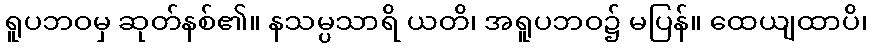
ရူပဘဝမှ ဆုတ်နစ်၏။ နသမ္ပသာရိ ယတိ၊ အရူပဘဝ၌ မပြန်။ ထေယျထာပိ၊